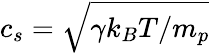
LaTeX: c_{s}=\sqrt{\gamma k_{B}T/m_{p}}